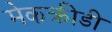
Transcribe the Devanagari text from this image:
मेकक्रीडी